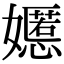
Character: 嬺